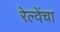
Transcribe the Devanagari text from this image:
रेल्वेंचा